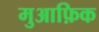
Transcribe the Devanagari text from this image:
मुआफ़िक